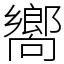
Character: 嚮